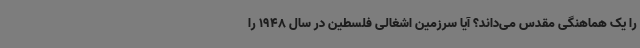
را یک هماهنگی مقدس می‌داند؟ آیا سرزمین اشغالی فلسطین در سال 1948 را